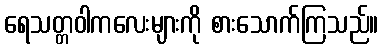
ရေသတ္တဝါကလေးများကို စားသောက်ကြသည်။